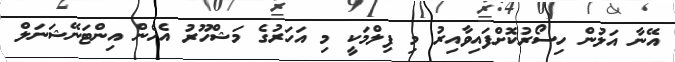
އޭނާ އަލުން ހިސޯރުކޮށްފައިވާއިރު މި ފިލްމަކީ މި އަހަރުގެ މަޝްހޫރު އެހެން އިންޓަނޭޝަނަލް